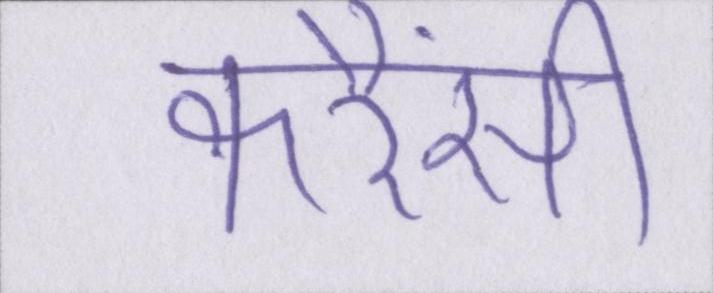
करैंसी